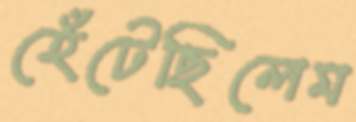
হেঁটেছিলেম